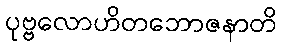
ပုဗ္ဗလောဟိတဘောဇနာတိ